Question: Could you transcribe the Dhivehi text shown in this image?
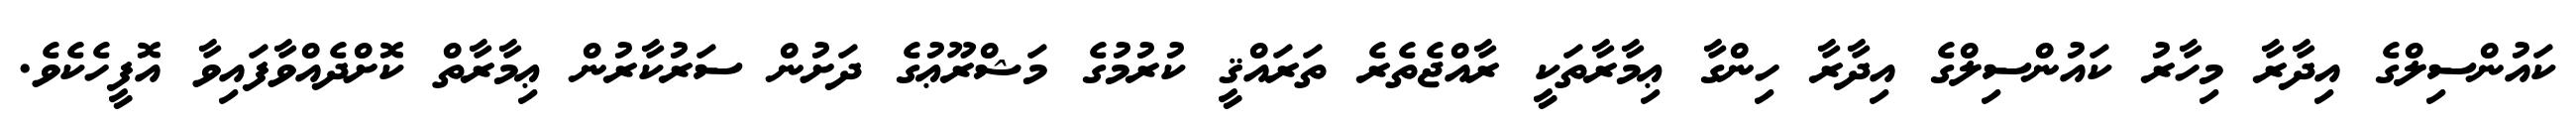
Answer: ކައުންސިލްގެ އިދާރާ މިހާރު ކައުންސިލްގެ އިދާރާ ހިންގާ ޢިމާރާތަކީ ރާއްޖެތެރެ ތަރައްޤީ ކުރުމުގެ މަޝްރޫޢުގެ ދަށުން ސަރުކާރުން ޢިމާރާތް ކޮށްދެއްވާފައިވާ އޮފީހެކެވެ.